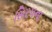
સિરપના